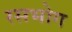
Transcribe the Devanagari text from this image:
रसभोग